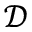
\mathcal { D }